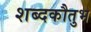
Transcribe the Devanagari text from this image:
शब्दकौतुभ